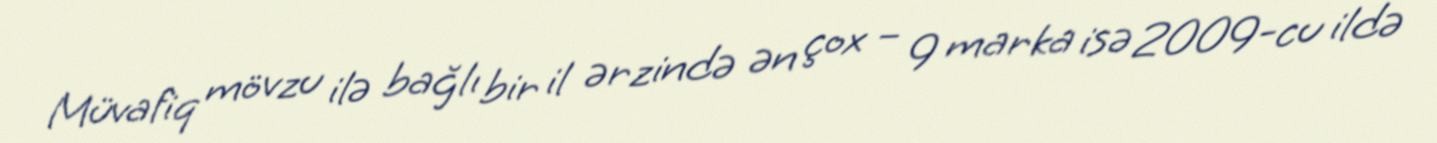
Müvafiq mövzu ilə bağlı bir il ərzində ən çox – 9 marka isə 2009-cu ildə